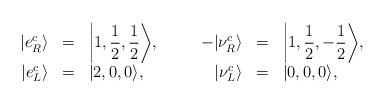
LaTeX: \begin{align*}\begin{array}{rclcrcl}|e_R^c\rangle &=& \displaystyle\bigg|1, \frac{1}{2}, \frac{1}{2}\bigg\rangle, &\quad& -|\nu_R^c\rangle &=& \displaystyle\bigg|1, \frac{1}{2}, -\frac{1}{2}\bigg\rangle, \\|e_L^c\rangle &=& |2,0,0\rangle, &\quad& |\nu_L^c\rangle &=& |0,0,0\rangle,\end{array}\end{align*}